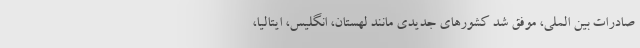
صادرات بین الملی، موفق شد کشورهای جدیدی مانند لهستان، انگلیس، ایتالیا،